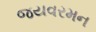
જયવરમન